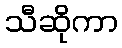
သီဆိုကာ